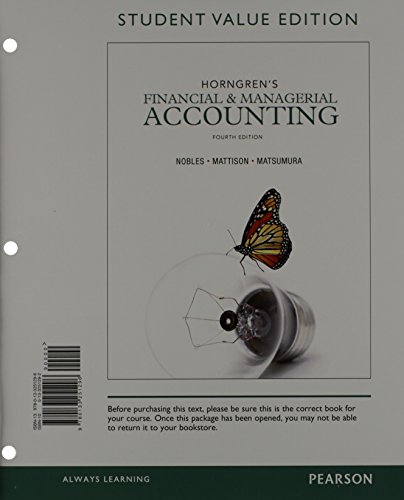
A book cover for Horngren's Financial & Managerial Accounting, Student Value Edition and NEW MyAccountingLab with Pearson eText -- Access Card Package (4th Edition); Tracie L. Miller-Nobles; Business & Money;